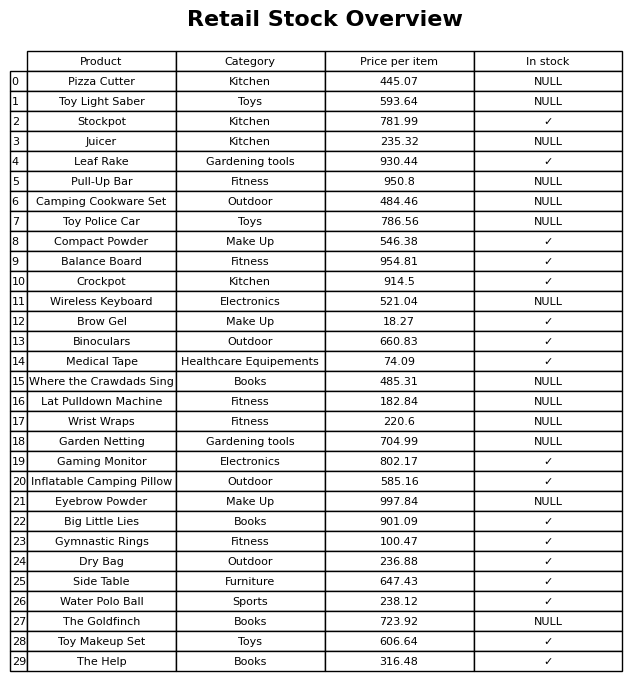
question: What is the price for The Help?
answer: The price of The Help is 316.48.